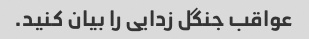
عواقب جنگل زدایی را بیان کنید.